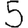
Digit: 5